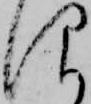
仰